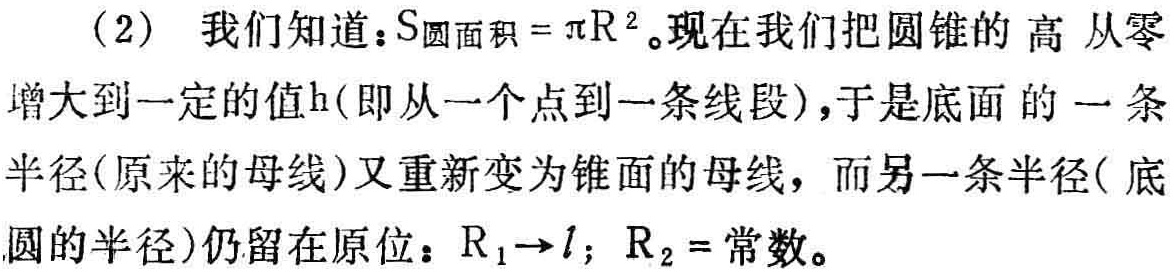
（2）我们知道：\(S_{圆面积}=\pi R^{2}\)。现在我们把圆锥的 高 从零增大到一定的值\(h\)(即从一个点到一条线段)，于是底面 的 一条半径(原来的母线)又重新变为锥面的母线，而另一条半径( 底圆的半径)仍留在原位：\(R_{1}\to l\)；\(R_{2} =\)常数。